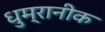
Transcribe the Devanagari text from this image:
धुम्रानीक